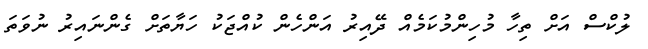
ލުކްސް އަށް ތިހާ މުހިންމުކަމެއް ދޭއިރު އަންހެން ކުއްޖަކު ހަޔާތަށް ގެންނައިރު ނުވަތަ